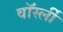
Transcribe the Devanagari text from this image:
वॉर्स्ली